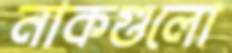
নাকগুলো